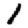
Digit: 1